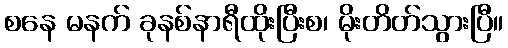
စနေ မနက် ခုနစ်နာရီထိုးပြီးစ၊ မိုးတိတ်သွားပြီ။